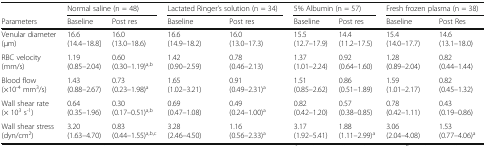
<table><thead><tr><td></td><td colspan="2"><b>Normal saline (n = 48)</b></td><td colspan="2"><b>Lactated Ringer’s solution (n = 34)</b></td><td colspan="2"><b>5% Albumin (n = 57)</b></td><td colspan="2"><b>Fresh frozen plasma (n = 38)</b></td></tr><tr><td><b>Parameters</b></td><td><b>Baseline</b></td><td><b>Post res</b></td><td><b>Baseline</b></td><td><b>Post res</b></td><td><b>Baseline</b></td><td><b>Post res</b></td><td><b>Baseline</b></td><td><b>Post Res</b></td></tr></thead><tbody><tr><td>Venular diameter (μm)</td><td>16.6 (14.4–18.8]</td><td>16.0 (13.0–18.6)</td><td>16.6 (14.9–18.2)</td><td>16.0 (13.0–17.3)</td><td>15.5 (12.7–17.9)</td><td>14.4 (11.2–17.5)</td><td>15.4 (14.0–17.7)</td><td>14.6 (13.1–18.0)</td></tr><tr><td>RBC velocity (mm/s)</td><td>1.19 (0.85–2.04)</td><td>0.60 (0.30–1.19)<sup>a,b</sup></td><td>1.42 (0.90–2.59)</td><td>0.78 (0.46–2.13)</td><td>1.37 (1.01–2.24)</td><td>0.92 (0.64–1.60)</td><td>1.28 (0.89–2.04)</td><td>0.82 (0.44–1.44)</td></tr><tr><td>Blood flow (×10<sup>-4</sup> mm<sup>3</sup>/s)</td><td>1.43 (0.88–2.67)</td><td>0.73 (0.23–1.98)<sup>a</sup></td><td>1.65 (1.02–3.21)</td><td>0.91 (0.49–2.31)<sup>a</sup></td><td>1.51 (0.85–2.62)</td><td>0.86 (0.51–1.89)</td><td>1.59 (1.01–2.17)</td><td>0.82 (0.45–1.32)</td></tr><tr><td>Wall shear rate (× 10<sup>3</sup> s<sup>-1</sup>)</td><td>0.64 (0.35–1.96)</td><td>0.30 (0.17–0.51)<sup>a,b</sup></td><td>0.69 (0.47–1.08)</td><td>0.49 (0.24–1.00)<sup>a</sup></td><td>0.82 (0.42–1.20)</td><td>0.57 (0.38–0.85)</td><td>0.78 (0.42–1.11)</td><td>0.43 (0.19–0.86)</td></tr><tr><td>Wall shear stress (dyn/cm<sup>2</sup>)</td><td>3.20 (1.63–4.70)</td><td>0.83 (0.44–1.55)<sup>a,b,c</sup></td><td>3.28 (2.46–4.50)</td><td>1.16 (0.56–2.33)<sup>a</sup></td><td>3.17 (1.92–5.41)</td><td>1.88 (1.11–2.99)<sup>a</sup></td><td>3.06 (2.04–4.08)</td><td>1.53 (0.77–4.06)<sup>a</sup></td></tr></tbody></table>